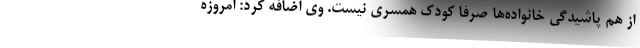
از هم پاشیدگی خانواده‌ها صرفاً کودک همسری نیست. وی اضافه کرد: امروزه